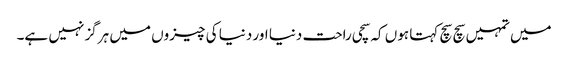
میں تمہیں سچ سچ کہتا ہوں کہ سچی راحت دنیا اور دنیا کی چیزوں میں ہرگز نہیں ہے۔